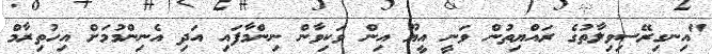
"އިނގިރޭސިވިލާތުގެ ރައްޔިތުން ވަނީ އީޔޫ އިން ވަކިވާން ނިންމާފައި އަދި އެނިންމުމަށް އިހުތިރާމް